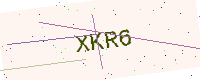
Text: XKR6